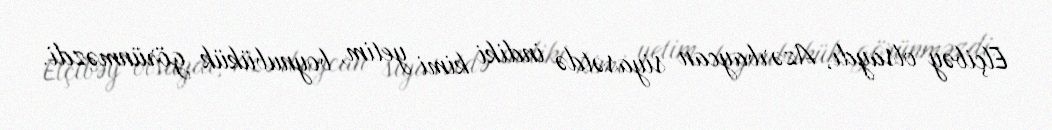
Elçibəy olsaydı, Azərbaycan siyasətdə indiki kimi yetim, boynubükük görünməzdi.